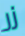
زر